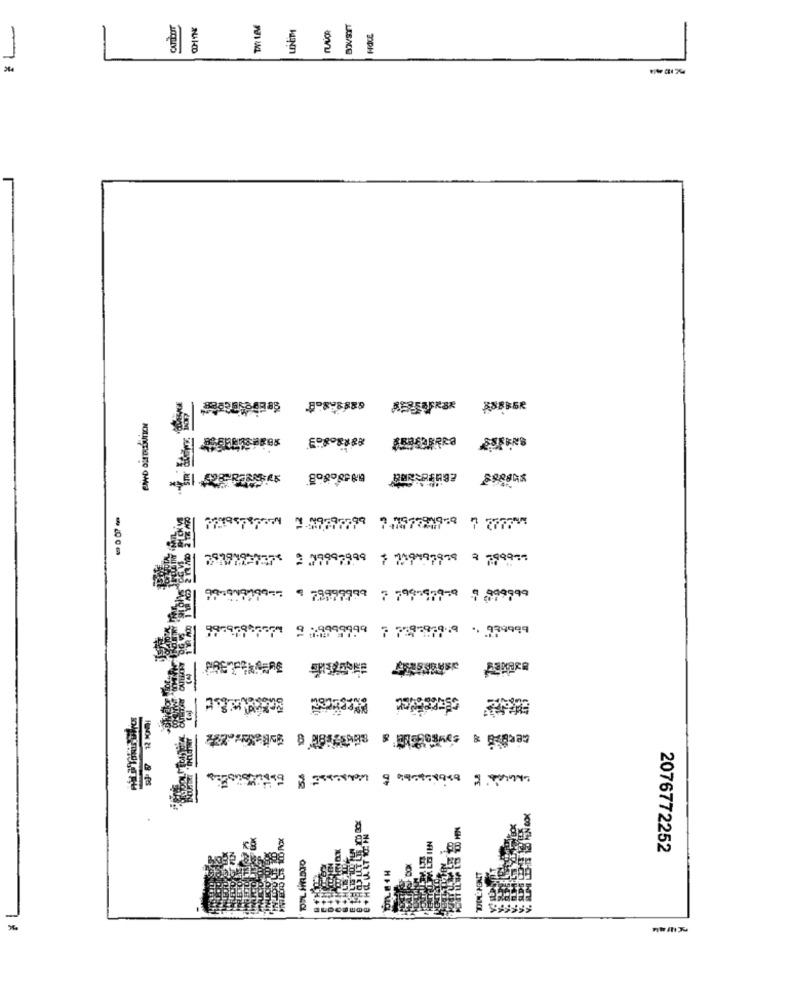
CATTICONT
LENET
LASACO
2.89797799 7.757791939 7 2777 **
2 .79997999
7 799 979:9 0 899999
9 .9999999 7 759597919 979999
PRETPELAERE
4.0
2076772252
INEN. TOOL